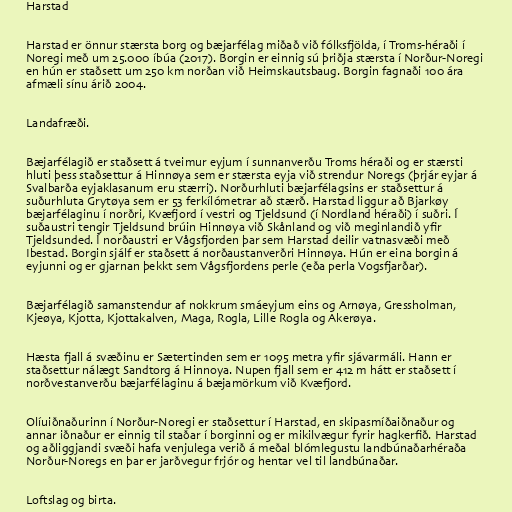
Harstad

Harstad er önnur stærsta borg og bæjarfélag miðað við fólksfjölda, í Troms-héraði í
Noregi með um 25.000 íbúa (2017). Borgin er einnig sú þriðja stærsta í Norður-Noregi
en hún er staðsett um 250 km norðan við Heimskautsbaug. Borgin fagnaði 100 ára
afmæli sínu árið 2004.

Landafræði.

Bæjarfélagið er staðsett á tveimur eyjum í sunnanverðu Troms héraði og er stærsti
hluti þess staðsettur á Hinnøya sem er stærsta eyja við strendur Noregs (þrjár eyjar á
Svalbarða eyjaklasanum eru stærri). Norðurhluti bæjarfélagsins er staðsettur á
suðurhluta Grytøya sem er 53 ferkílómetrar að stærð. Harstad liggur að Bjarkøy
bæjarfélaginu í norðri, Kvæfjord í vestri og Tjeldsund (í Nordland héraði) í suðri. Í
suðaustri tengir Tjeldsund brúin Hinnøya við Skånland og við meginlandið yfir
Tjeldsunded. Í norðaustri er Vågsfjorden þar sem Harstad deilir vatnasvæði með
Ibestad. Borgin sjálf er staðsett á norðaustanverðri Hinnøya. Hún er eina borgin á
eyjunni og er gjarnan þekkt sem Vågsfjordens perle (eða perla Vogsfjarðar).

Bæjarfélagið samanstendur af nokkrum smáeyjum eins og Arnøya, Gressholman,
Kjeøya, Kjotta, Kjottakalven, Maga, Rogla, Lille Rogla og Akerøya.

Hæsta fjall á svæðinu er Sætertinden sem er 1095 metra yfir sjávarmáli. Hann er
staðsettur nálægt Sandtorg á Hinnoya. Nupen fjall sem er 412 m hátt er staðsett í
norðvestanverðu bæjarfélaginu á bæjamörkum við Kvæfjord.

Olíuiðnaðurinn í Norður-Noregi er staðsettur í Harstad, en skipasmíðaiðnaður og
annar iðnaður er einnig til staðar í borginni og er mikilvægur fyrir hagkerfið. Harstad
og aðliggjandi svæði hafa venjulega verið á meðal blómlegustu landbúnaðarhéraða
Norður-Noregs en þar er jarðvegur frjór og hentar vel til landbúnaðar.

Loftslag og birta.